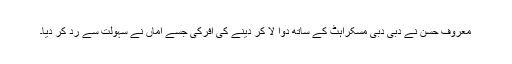
معروف حسن نے دبی دبی مسکراہٹ کے ساتھ دوا لا کر دینے کی آفرکی جسے اماں نے سہولت سے رد کر دیا۔